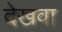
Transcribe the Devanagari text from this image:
देखवा